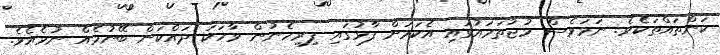
ކަންތައްތަކެވެ. ނަމަވެސް މުޖުތަމައުގައި އެކަމަށް ފާޅުގައި ފިރިހެނުން ވާހަކަ ދައްކަން ބޭނުމެއް ނުވެއެވެ.